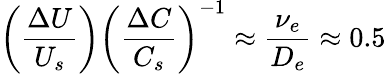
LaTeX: \left(\frac{\Delta U}{U_{s}}\right)\left(\frac{\Delta C}{C_{s}}\right)^{-1}\approx\frac{\nu_{e}}{D_{e}}\approx 0.5